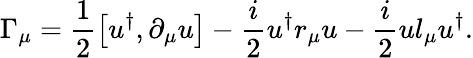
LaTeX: \Gamma_{\mu}=\frac{1}{2}\left[u^{\dagger},\partial_{\mu}u\right]-\frac{i}{2}u^{\dagger}r_{\mu}u-\frac{i}{2}ul_{\mu}u^{\dagger}.